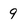
Character: 9